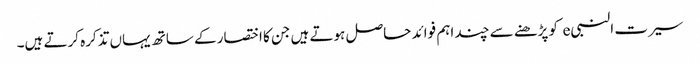
سیرت النبیe کو پڑھنے سے چند اہم فوائد حاصل ہوتے ہیں جن کا اختصار کے ساتھ یہاں تذکرہ کرتے ہیں۔